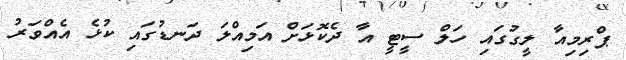
ޕްރިމިއާ ލީގުގައި ހަލް ސީޓީ އާ ދެކޮޅަށް އަމިއްލަ ދަނޑުގައި ކުޅެ އެއްވަރު